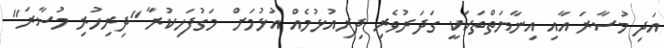
އަދި މުސާރަ އާއި އިނާޔަތްތަކަކީ ގަދަރުވެރި ދިރިއުޅުމެއް އުޅުމަށް މަގުފަހިކުރާ "ދިރިހުރި މުސާރަ"